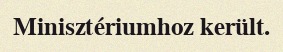
Minisztériumhoz került.